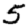
Digit: 5